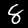
Label: 8